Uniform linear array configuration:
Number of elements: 24
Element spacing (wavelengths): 0.5
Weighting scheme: hann
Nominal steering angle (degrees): -60
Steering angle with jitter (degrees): -60.994
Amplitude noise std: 0.05
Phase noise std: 0.05

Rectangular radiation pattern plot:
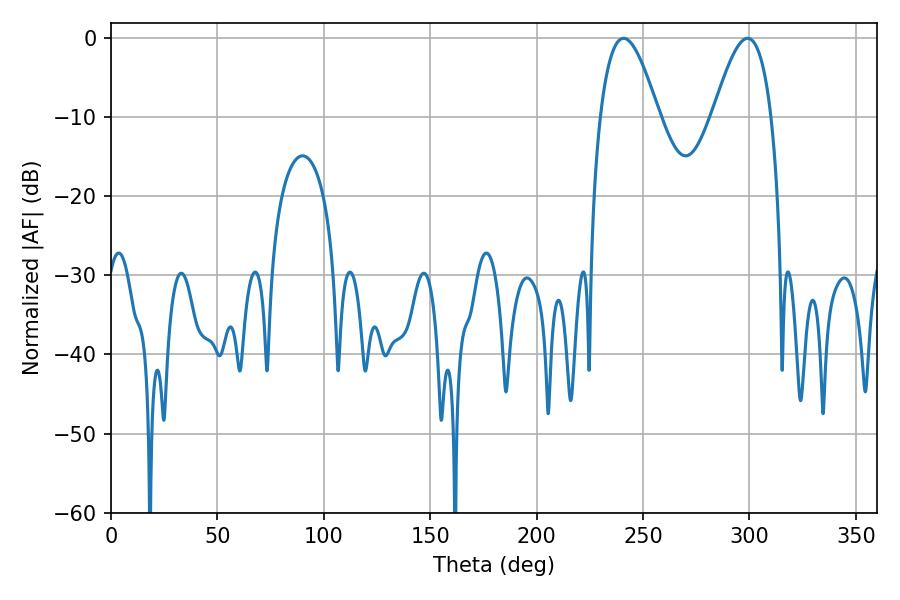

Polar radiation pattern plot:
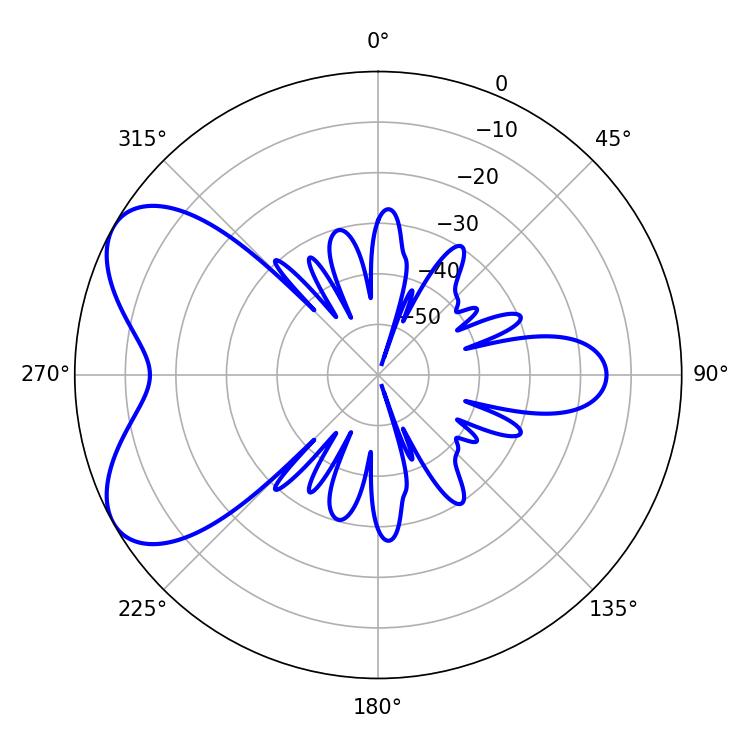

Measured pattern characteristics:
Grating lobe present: FALSE
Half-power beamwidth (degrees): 14.76
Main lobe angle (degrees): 240.84